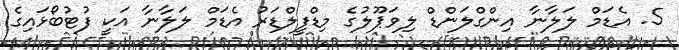
5. އެޑަމް ލަލާނާ އިންގްލަންޑް ލިވަޕޫލުގެ މިޑްފީލްޑަރު އެޑަމް ލަލާނާ އަކީ ފުޓުބޯޅައިގެ